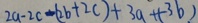
2 a - 2 c - ( 2 b + 2 c ) + 3 a + ( - 3 b )